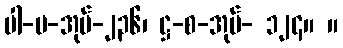
ပါ-ပ-အုပ်-၂၃၆၊ ဋ္ဌ-စ-အုပ်- ၁၂၄။ ။